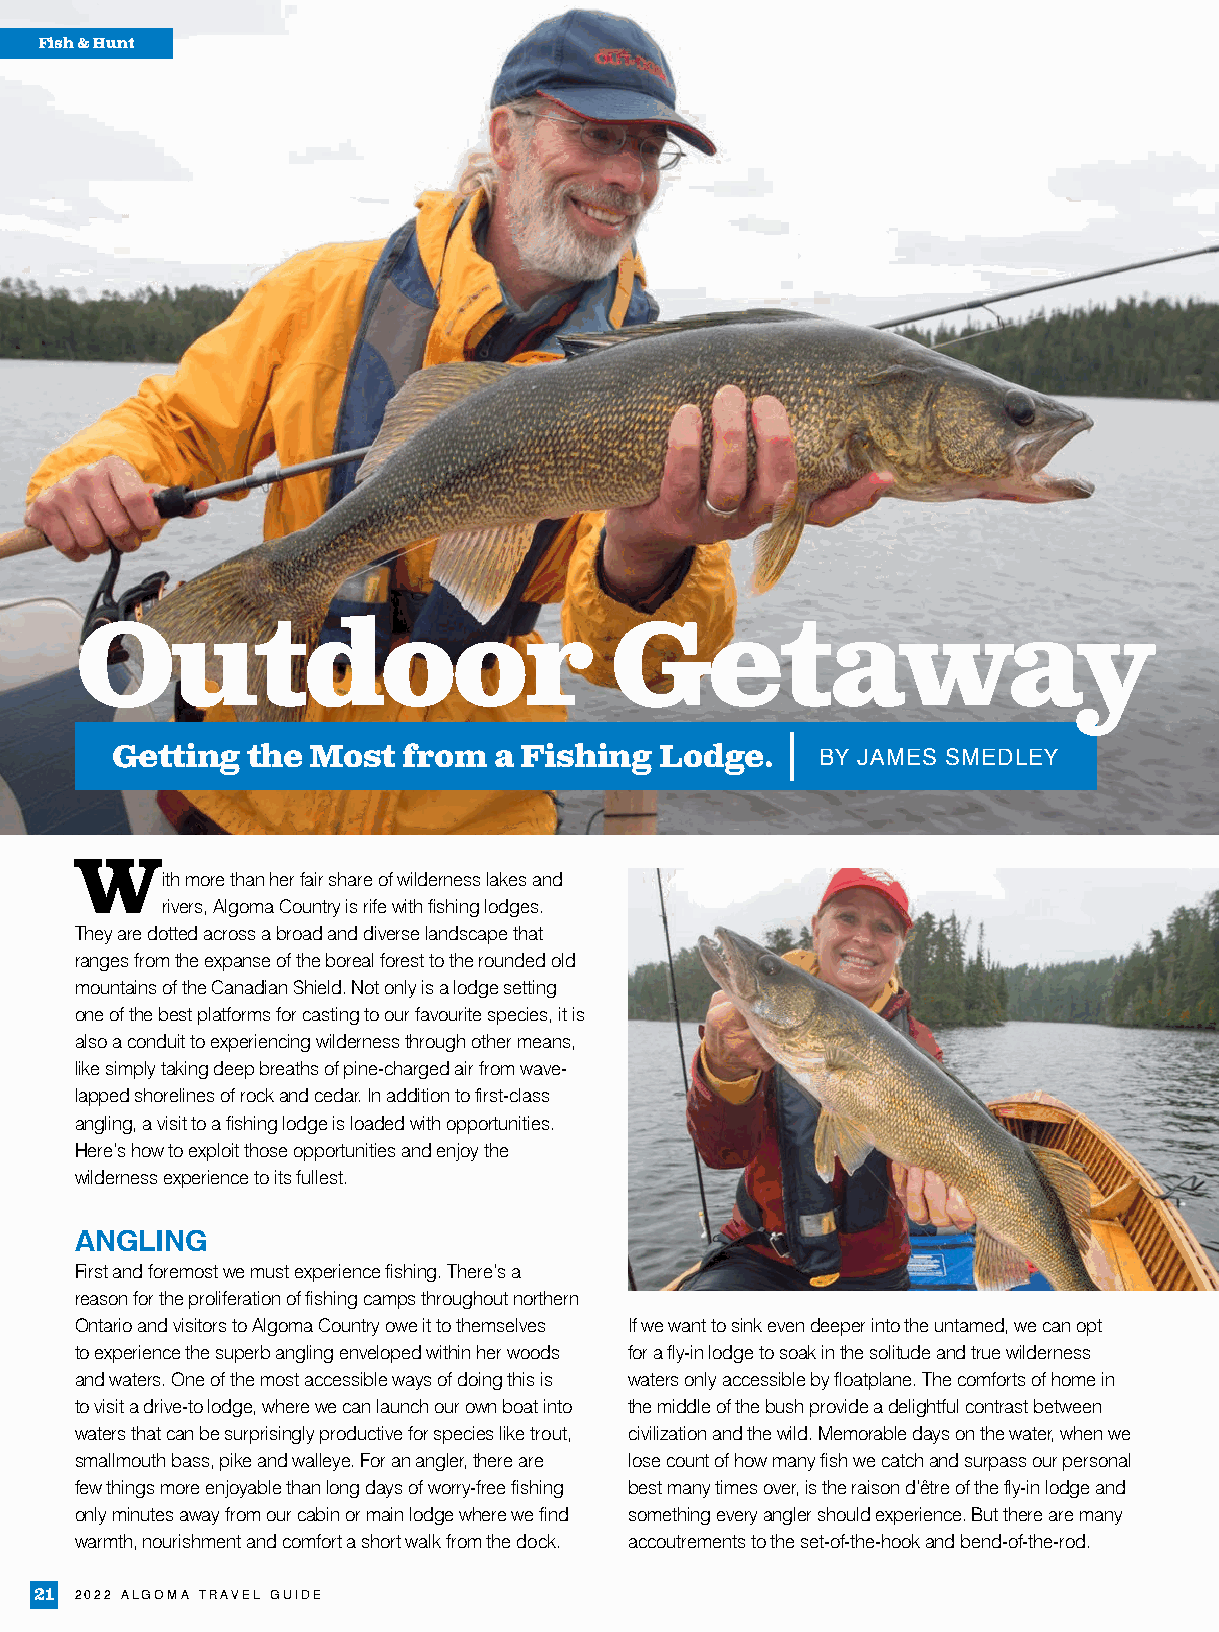
Fish & Hunt
 Outdoor                            Getaway
 Getting  the  Most  from  a Fishing  Lodge.    BY JAMES SMEDLEY
 W
 ith more than her fair share of wilderness lakes and
 rivers, Algoma Country is rife with fishing lodges.
 They are dotted across a broad and diverse landscape that
 ranges from the expanse of the boreal forest to the rounded old
 mountains of the Canadian Shield. Not only is a lodge setting
 one of the best platforms for casting to our favourite species, it is
 also a conduit to experiencing wilderness through other means,
 like simply taking deep breaths of pine-charged air from wave-
 lapped shorelines of rock and cedar. In addition to first-class
 angling, a visit to a fishing lodge is loaded with opportunities.
 Here’s how to exploit those opportunities and enjoy the
 wilderness experience to its fullest.
 ANGLING
 First and foremost we must experience fishing. There’s a
 reason for the proliferation of fishing camps throughout northern
 Ontario and visitors to Algoma Country owe it to themselves If we want to sink even deeper into the untamed, we can opt
 to experience the superb angling enveloped within her woods for a fly-in lodge to soak in the solitude and true wilderness
 and waters. One of the most accessible ways of doing this is waters only accessible by floatplane. The comforts of home in
 to visit a drive-to lodge, where we can launch our own boat into the middle of the bush provide a delightful contrast between
 waters that can be surprisingly productive for species like trout, civilization and the wild. Memorable days on the water, when we
 smallmouth bass, pike and walleye. For an angler, there are lose count of how many fish we catch and surpass our personal
 few things more enjoyable than long days of worry-free fishing best many times over, is the raison d’être of the fly-in lodge and
 only minutes away from our cabin or main lodge where we find something every angler should experience. But there are many
 warmth, nourishment and comfort a short walk from the dock. accoutrements to the set-of-the-hook and bend-of-the-rod.
 21 2022 ALGOMA TRAVEL GUIDE